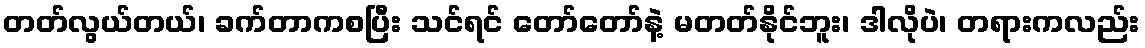
တတ်လွယ်တယ်၊ ခက်တာကစပြီး သင်ရင် တော်တော်နဲ့ မတတ်နိုင်ဘူး၊ ဒါလိုပဲ၊ တရားကလည်း